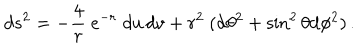
d s ^ { 2 } = - { \frac { 4 } { r } } ~ e ^ { - r } \; d u \, d v + r ^ { 2 } ~ ( \mathrm { d } \theta ^ { 2 } + \sin ^ { 2 } \theta \mathrm { d } \phi ^ { 2 } ) \, .